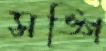
সঙ্গি